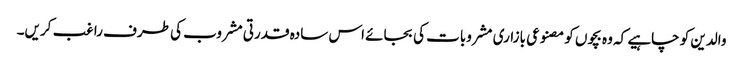
والدین کو چاہیے کہ وہ بچوں کو مصنوعی بازاری مشروبات کی بجائے اس سادہ قدرتی مشروب کی طرف راغب کریں۔